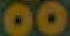
00